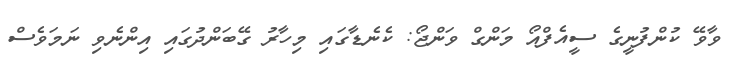
ވާވޭ ކުންފުނީގެ ސީއެފްއޯ މަންގް ވަންޖޯ: ކެނެޑާގައި މިހާރު ގޭބަންދުގައި އިންނެވި ނަމަވެސް